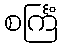
စင်္ကြံ